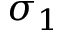
\sigma _ { 1 }